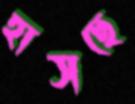
হাসছে